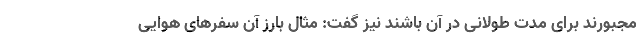
مجبورند برای مدت طولانی در آن باشند نیز گفت: مثال بارز آن سفرهای هوایی